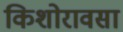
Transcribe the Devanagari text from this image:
किशोरावसा